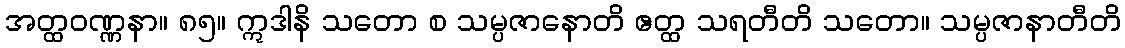
အတ္ထဝဏ္ဏနာ။ ၈၅။ ဣဒါနိ သတော စ သမ္ပဇာနောတိ ဧတ္ထ သရတီတိ သတော။ သမ္ပဇာနာတီတိ